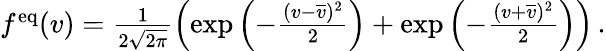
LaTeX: \begin{array}{r}{f^{\mathrm{eq}}(v)=\frac{1}{2\sqrt{2\pi}}\left(\exp\left(-\frac{(v-\overline{{v}})^{2}}{2}\right)+\exp\left(-\frac{(v+\overline{{v}})^{2}}{2}\right)\right)\, .}\end{array}